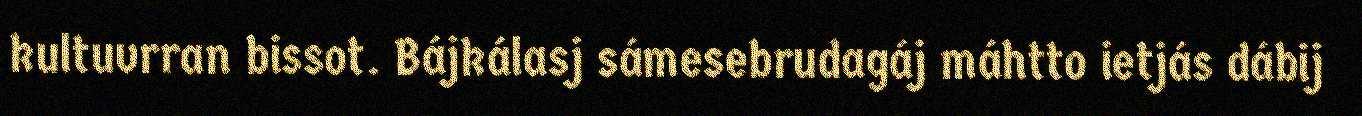
kultuvrran bissot. Bájkálasj sámesebrudagáj máhtto ietjás dábij